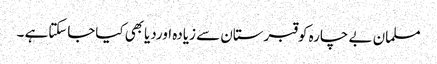
مسلمان بے چارہ کوقبرستان سے زیادہ اوردیابھی کیاجاسکتاہے ۔